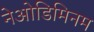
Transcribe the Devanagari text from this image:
नेओडिमिनम